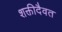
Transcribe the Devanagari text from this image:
शक्तीदैवत